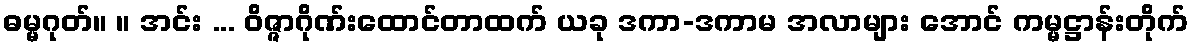
ဓမ္မဂုတ်။ ။ အင်း ... ဝိဇ္ဇာဂိုဏ်းထောင်တာထက် ယခု ဒကာ-ဒကာမ အလာများ အောင် ကမ္မဋ္ဌာန်းတိုက်